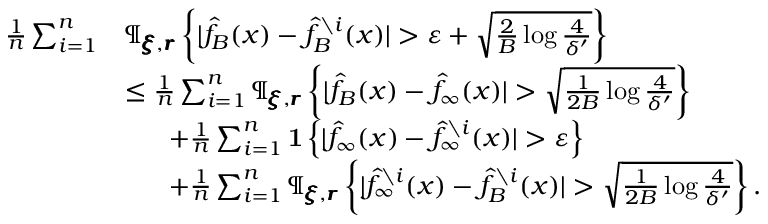
\begin{array} { r l } { \frac { 1 } { n } \sum _ { i = 1 } ^ { n } } & { \P _ { \pmb { \xi } , \pmb { r } } \left\{ | \hat { f } _ { B } ( x ) - \hat { f } _ { B } ^ { \setminus i } ( x ) | > \varepsilon + \sqrt { \frac { 2 } { B } \log \frac { 4 } { \delta ^ { \prime } } } \right\} } \\ & { \le \frac { 1 } { n } \sum _ { i = 1 } ^ { n } \P _ { \pmb { \xi } , \pmb { r } } \left\{ | \hat { f } _ { B } ( x ) - \hat { f } _ { \infty } ( x ) | > \sqrt { \frac { 1 } { 2 B } \log \frac { 4 } { \delta ^ { \prime } } } \right\} } \\ & { ~ ~ ~ ~ ~ + \frac { 1 } { n } \sum _ { i = 1 } ^ { n } \mathbf { 1 } \left\{ | \hat { f } _ { \infty } ( x ) - \hat { f } _ { \infty } ^ { \setminus i } ( x ) | > \varepsilon \right\} } \\ & { ~ ~ ~ ~ ~ + \frac { 1 } { n } \sum _ { i = 1 } ^ { n } \P _ { \pmb { \xi } , \pmb { r } } \left\{ | \hat { f } _ { \infty } ^ { \setminus i } ( x ) - \hat { f } _ { B } ^ { \setminus i } ( x ) | > \sqrt { \frac { 1 } { 2 B } \log \frac { 4 } { \delta ^ { \prime } } } \right\} . } \end{array}